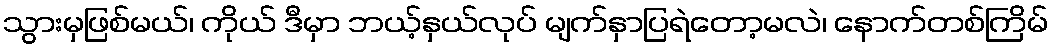
သွားမှဖြစ်မယ်၊ ကိုယ် ဒီမှာ ဘယ့်နှယ်လုပ် မျက်နှာပြရဲတော့မလဲ၊ နောက်တစ်ကြိမ်